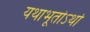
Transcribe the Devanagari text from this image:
यथाभूतोऽर्थो